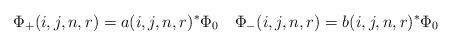
LaTeX: \begin{align*}\Phi_+(i,j,n,r)=a(i,j,n,r)^*\Phi_0\quad\Phi_-(i,j,n,r)=b(i,j,n,r)^*\Phi_0\end{align*}